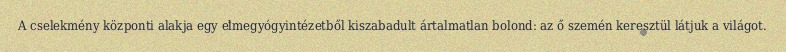
A cselekmény központi alakja egy elmegyógyintézetből kiszabadult ártalmatlan bolond: az ő szemén keresztül látjuk a világot.